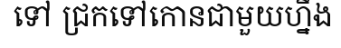
ទៅ ជ្រកទៅកោនជាមួយហ្នឹង